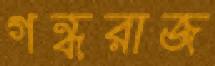
গন্ধরাজ